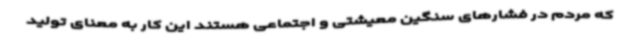
که مردم در فشارهای سنگین معیشتی و اجتماعی هستند این کار به معنای تولید